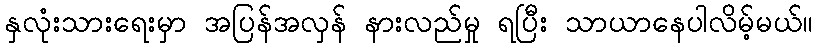
နှလုံးသားရေးမှာ အပြန်အလှန် နားလည်မှု ရပြီး သာယာနေပါလိမ့်မယ်။